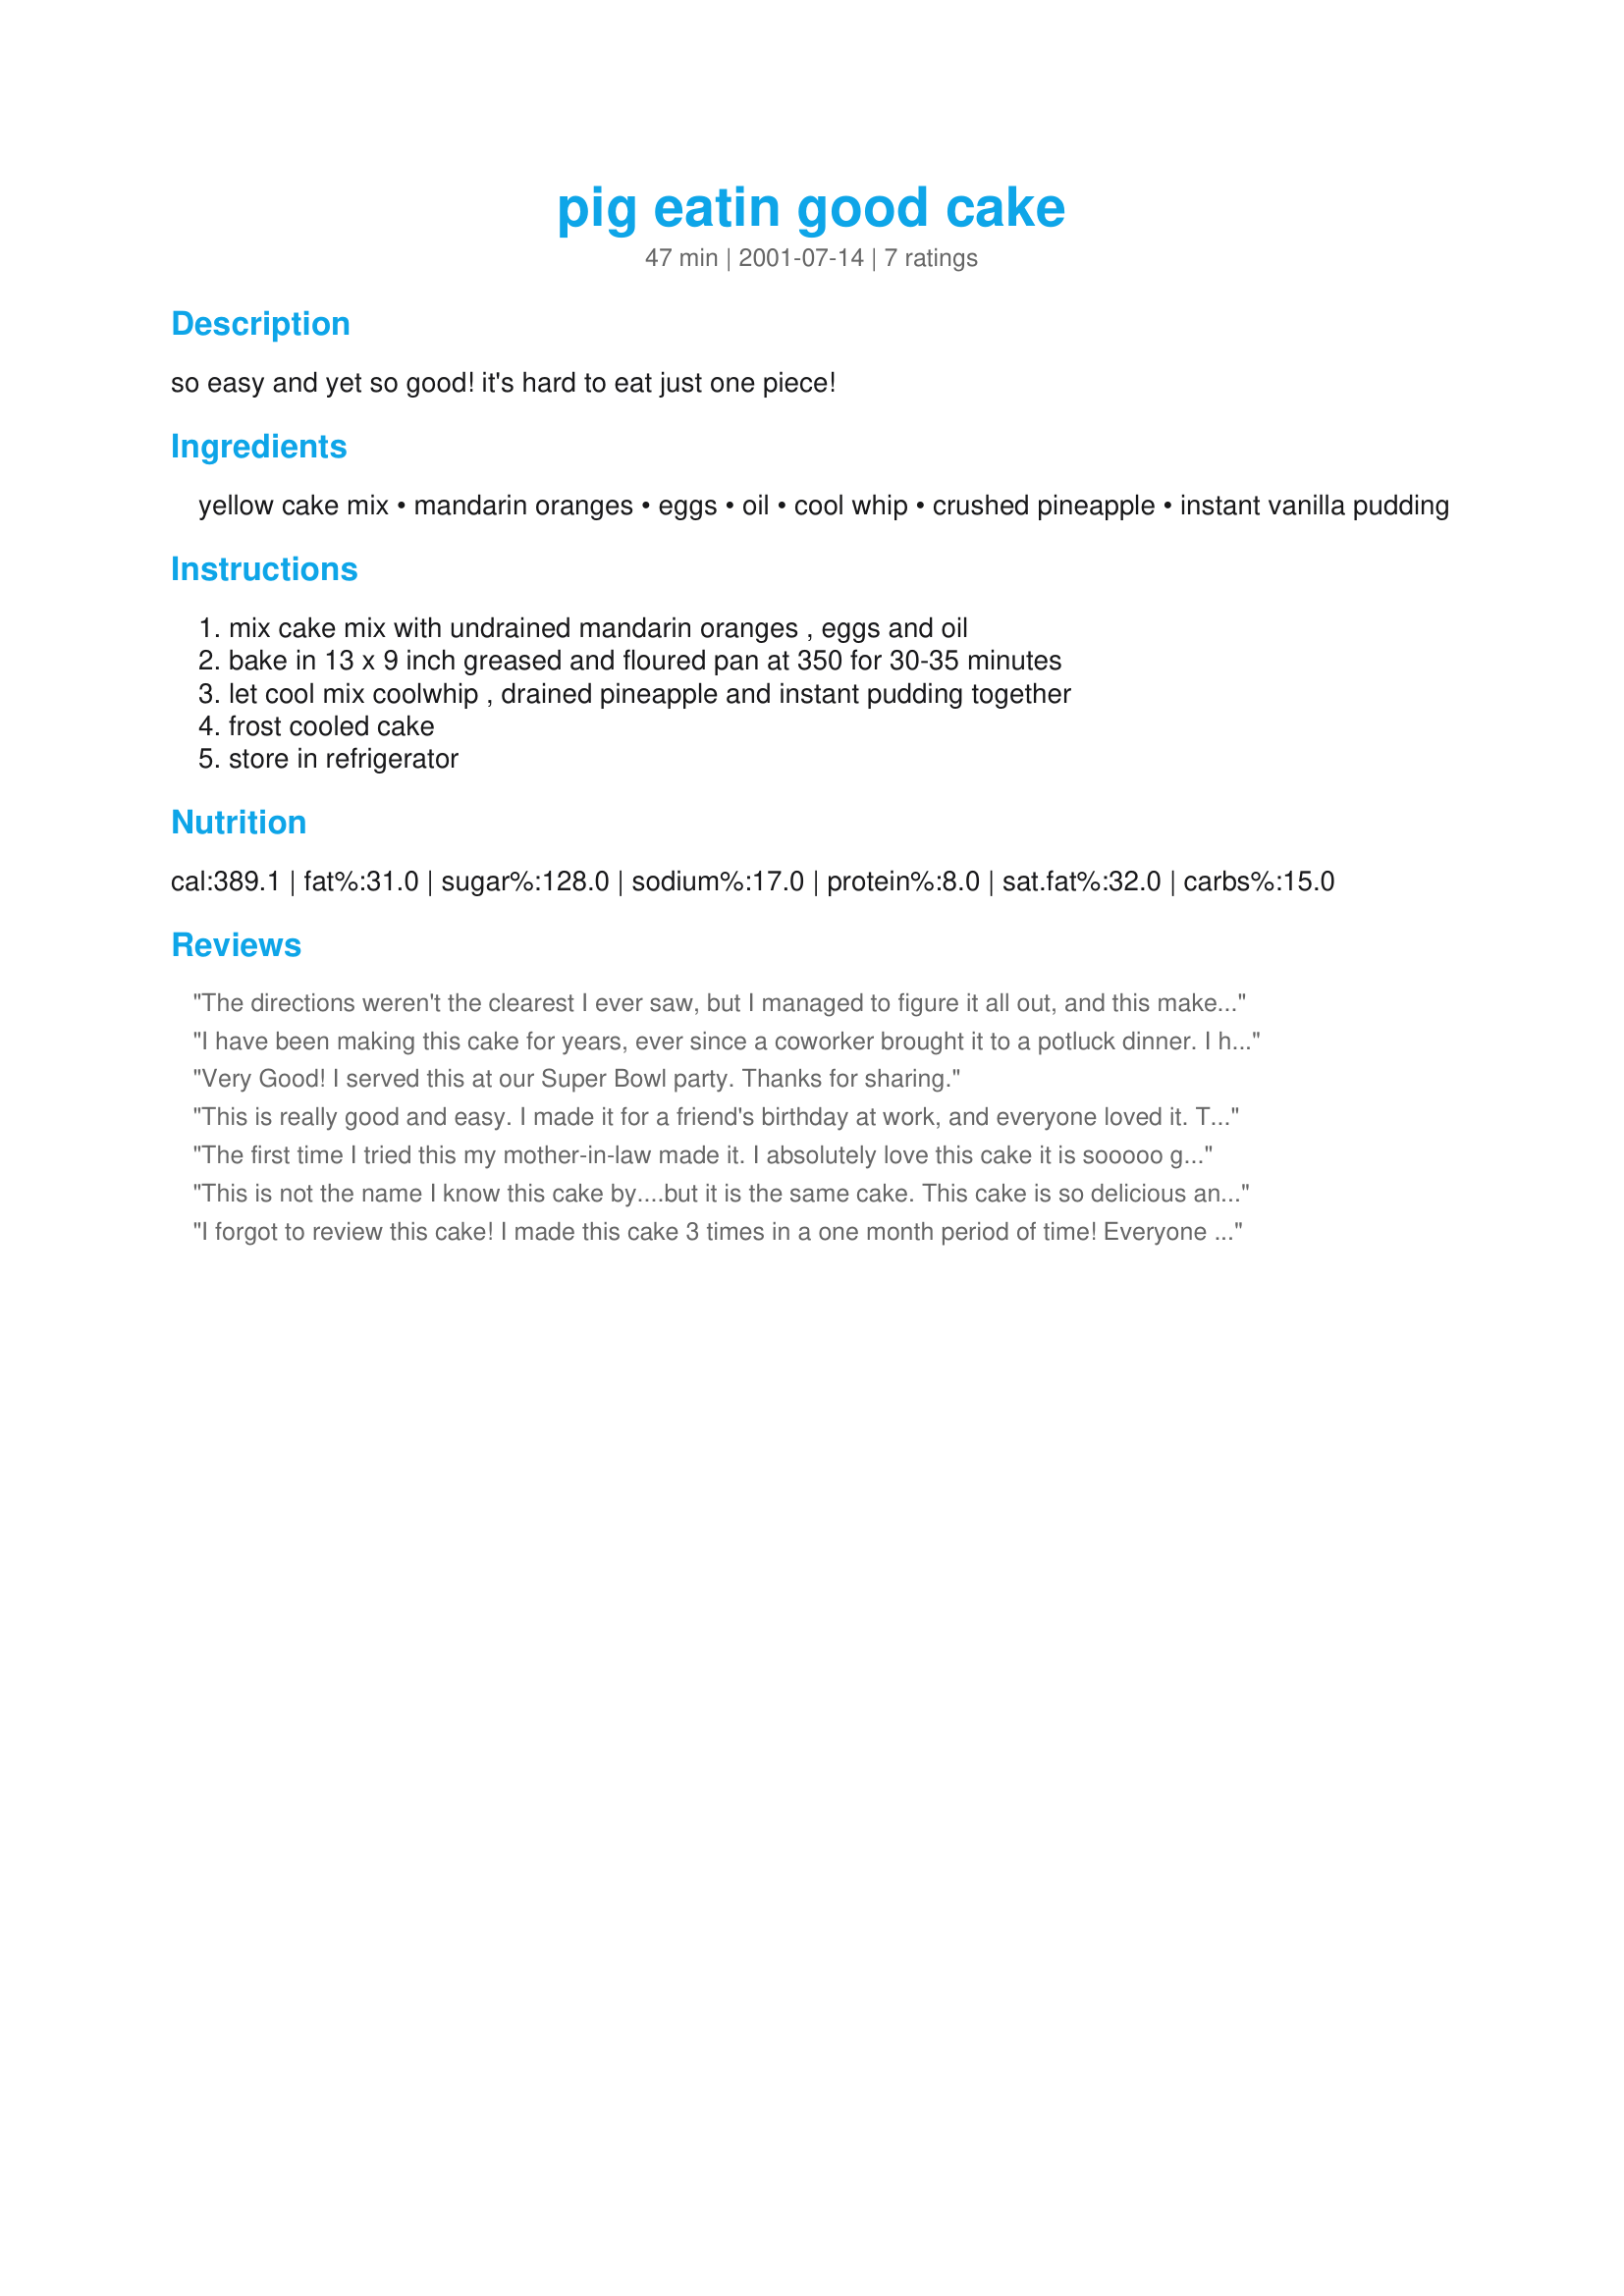
pig eatin good cake
Preparation time: 47 minutes

so easy and yet so good! it's hard to eat just one piece!

Ingredients:
yellow cake mix, mandarin oranges, eggs, oil, cool whip, crushed pineapple, instant vanilla pudding

Steps:
mix cake mix with undrained mandarin oranges , eggs and oil, bake in 13 x 9 inch greased and floured pan at 350 for 30-35 minutes, let cool mix coolwhip , drained pineapple and instant pudding together, frost cooled cake, store in refrigerator

Reviews:
The directions weren't the clearest I ever saw, but I managed to figure it all out, and this makes a pretty good cake! There wasn't much left over after 24 hours.
I have been making this cake for years, ever since a coworker brought it to a potluck dinner. I highly recommend it! It is easy and delicious.
Very Good! I served this at our Super Bowl party. Thanks for sharing.
This is really good and easy. I made it for a friend's birthday at work, and everyone loved it. The topping is fantastic, a good recipe in itself. No one could guess what was in it (the box of dry pudding mix threw them off).

Turns out that my mom has this recipe, she clipped it from a newspaper 40 years ago, but it was called Pea-Pickin'cake. I've also seen it named Pig-Pickin' cake!
The first time I tried this my mother-in-law made it. I absolutely love this cake it is sooooo good! She makes it as a layer cake and it is beautiful! It makes a great easter dessert
This is not the name I know this cake by....but it is the same cake. This cake is so delicious and it is hard to limit yourself to one piece (so I don't). I am glad you posted this recipe....now I have a copy online as well as in my recipe box.
I forgot to review this cake! I made this cake 3 times in a one month period of time! Everyone loved it!!! As an added plus, it's so easy to make!!! I can practically make it with my eyes closed now. I've added a little toasted coconut and/or chopped pecans on the top for a little something extra. Thank you so much for posting this recipe!
